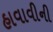
હાવાવીની